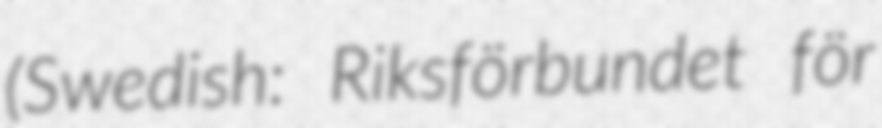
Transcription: (Swedish: Riksförbundet för